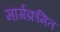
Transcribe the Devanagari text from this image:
मार्गक्रमित